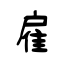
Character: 雇